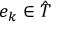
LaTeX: e _ { k } \in { \hat { T } }